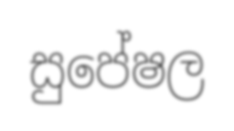
සුපේෂල